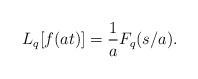
LaTeX: \begin{align*} L_{q} [ f(at) ] = \frac{1}{a} F_{q} (s/a). \end{align*}